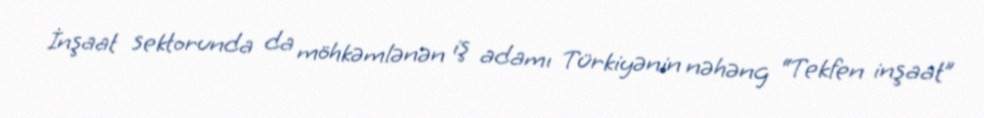
İnşaat sektorunda da möhkəmlənən iş adamı Türkiyənin nəhəng “Tekfen inşaat”